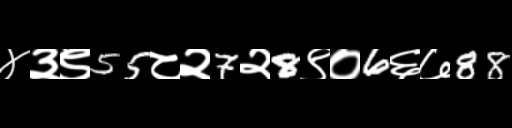
Text: ४३९55८२7२8९०6६७88